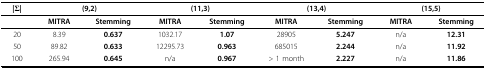
<table><thead><tr><td><b>|Σ|</b></td><td colspan="2"><b>(9,2)</b></td><td colspan="2"><b>(11,3)</b></td><td colspan="2"><b>(13,4)</b></td><td colspan="2"><b>(15,5)</b></td></tr></thead><tbody><tr><td></td><td><b>MITRA</b></td><td><b>Stemming</b></td><td><b>MITRA</b></td><td><b>Stemming</b></td><td><b>MITRA</b></td><td><b>Stemming</b></td><td><b>MITRA </b></td><td><b>Stemming</b></td></tr><tr><td>20</td><td>8.39</td><td><b>0.637</b></td><td>1032.17</td><td><b>1.07</b></td><td>28905 </td><td><b>5.247</b></td><td>n/a</td><td><b>12.31</b></td></tr><tr><td>50</td><td>89.82</td><td><b>0.633</b></td><td>12295.73</td><td><b>0.963</b></td><td>685015 </td><td><b>2.244</b></td><td>n/a</td><td><b>11.92</b></td></tr><tr><td>100</td><td>265.94</td><td><b>0.645</b></td><td>n/a</td><td><b>0.967</b></td><td>&gt; 1 month </td><td><b>2.227</b></td><td>n/a</td><td><b>11.86</b></td></tr></tbody></table>